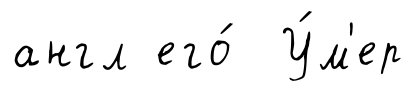
англ его́ У́м'ер